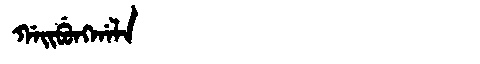
Manchu: ᡤᠠᡳᠪᡠᠩᡤᠠᠯᠠ
Romanization: GAIBUNGGALA